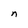
Character: n